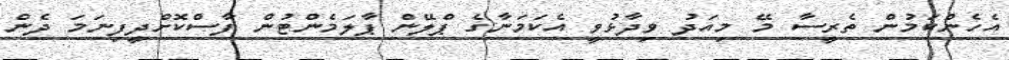
އެހެންކަމުން ތެރީސާ މޭ މިއަދު ވިދާޅުވީ އެކަމަނާގެ ޕްލޭން ޕާލަމެންޓުން ފާސްކޮށްދީފިނަމަ ދެން